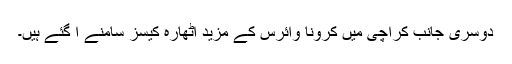
دوسری جانب کراچی میں کرونا وائرس کے مزید اٹھارہ کیسز سامنے آ گئے ہیں۔